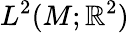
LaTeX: L^{2}(M;\mathbb{R}^{2})